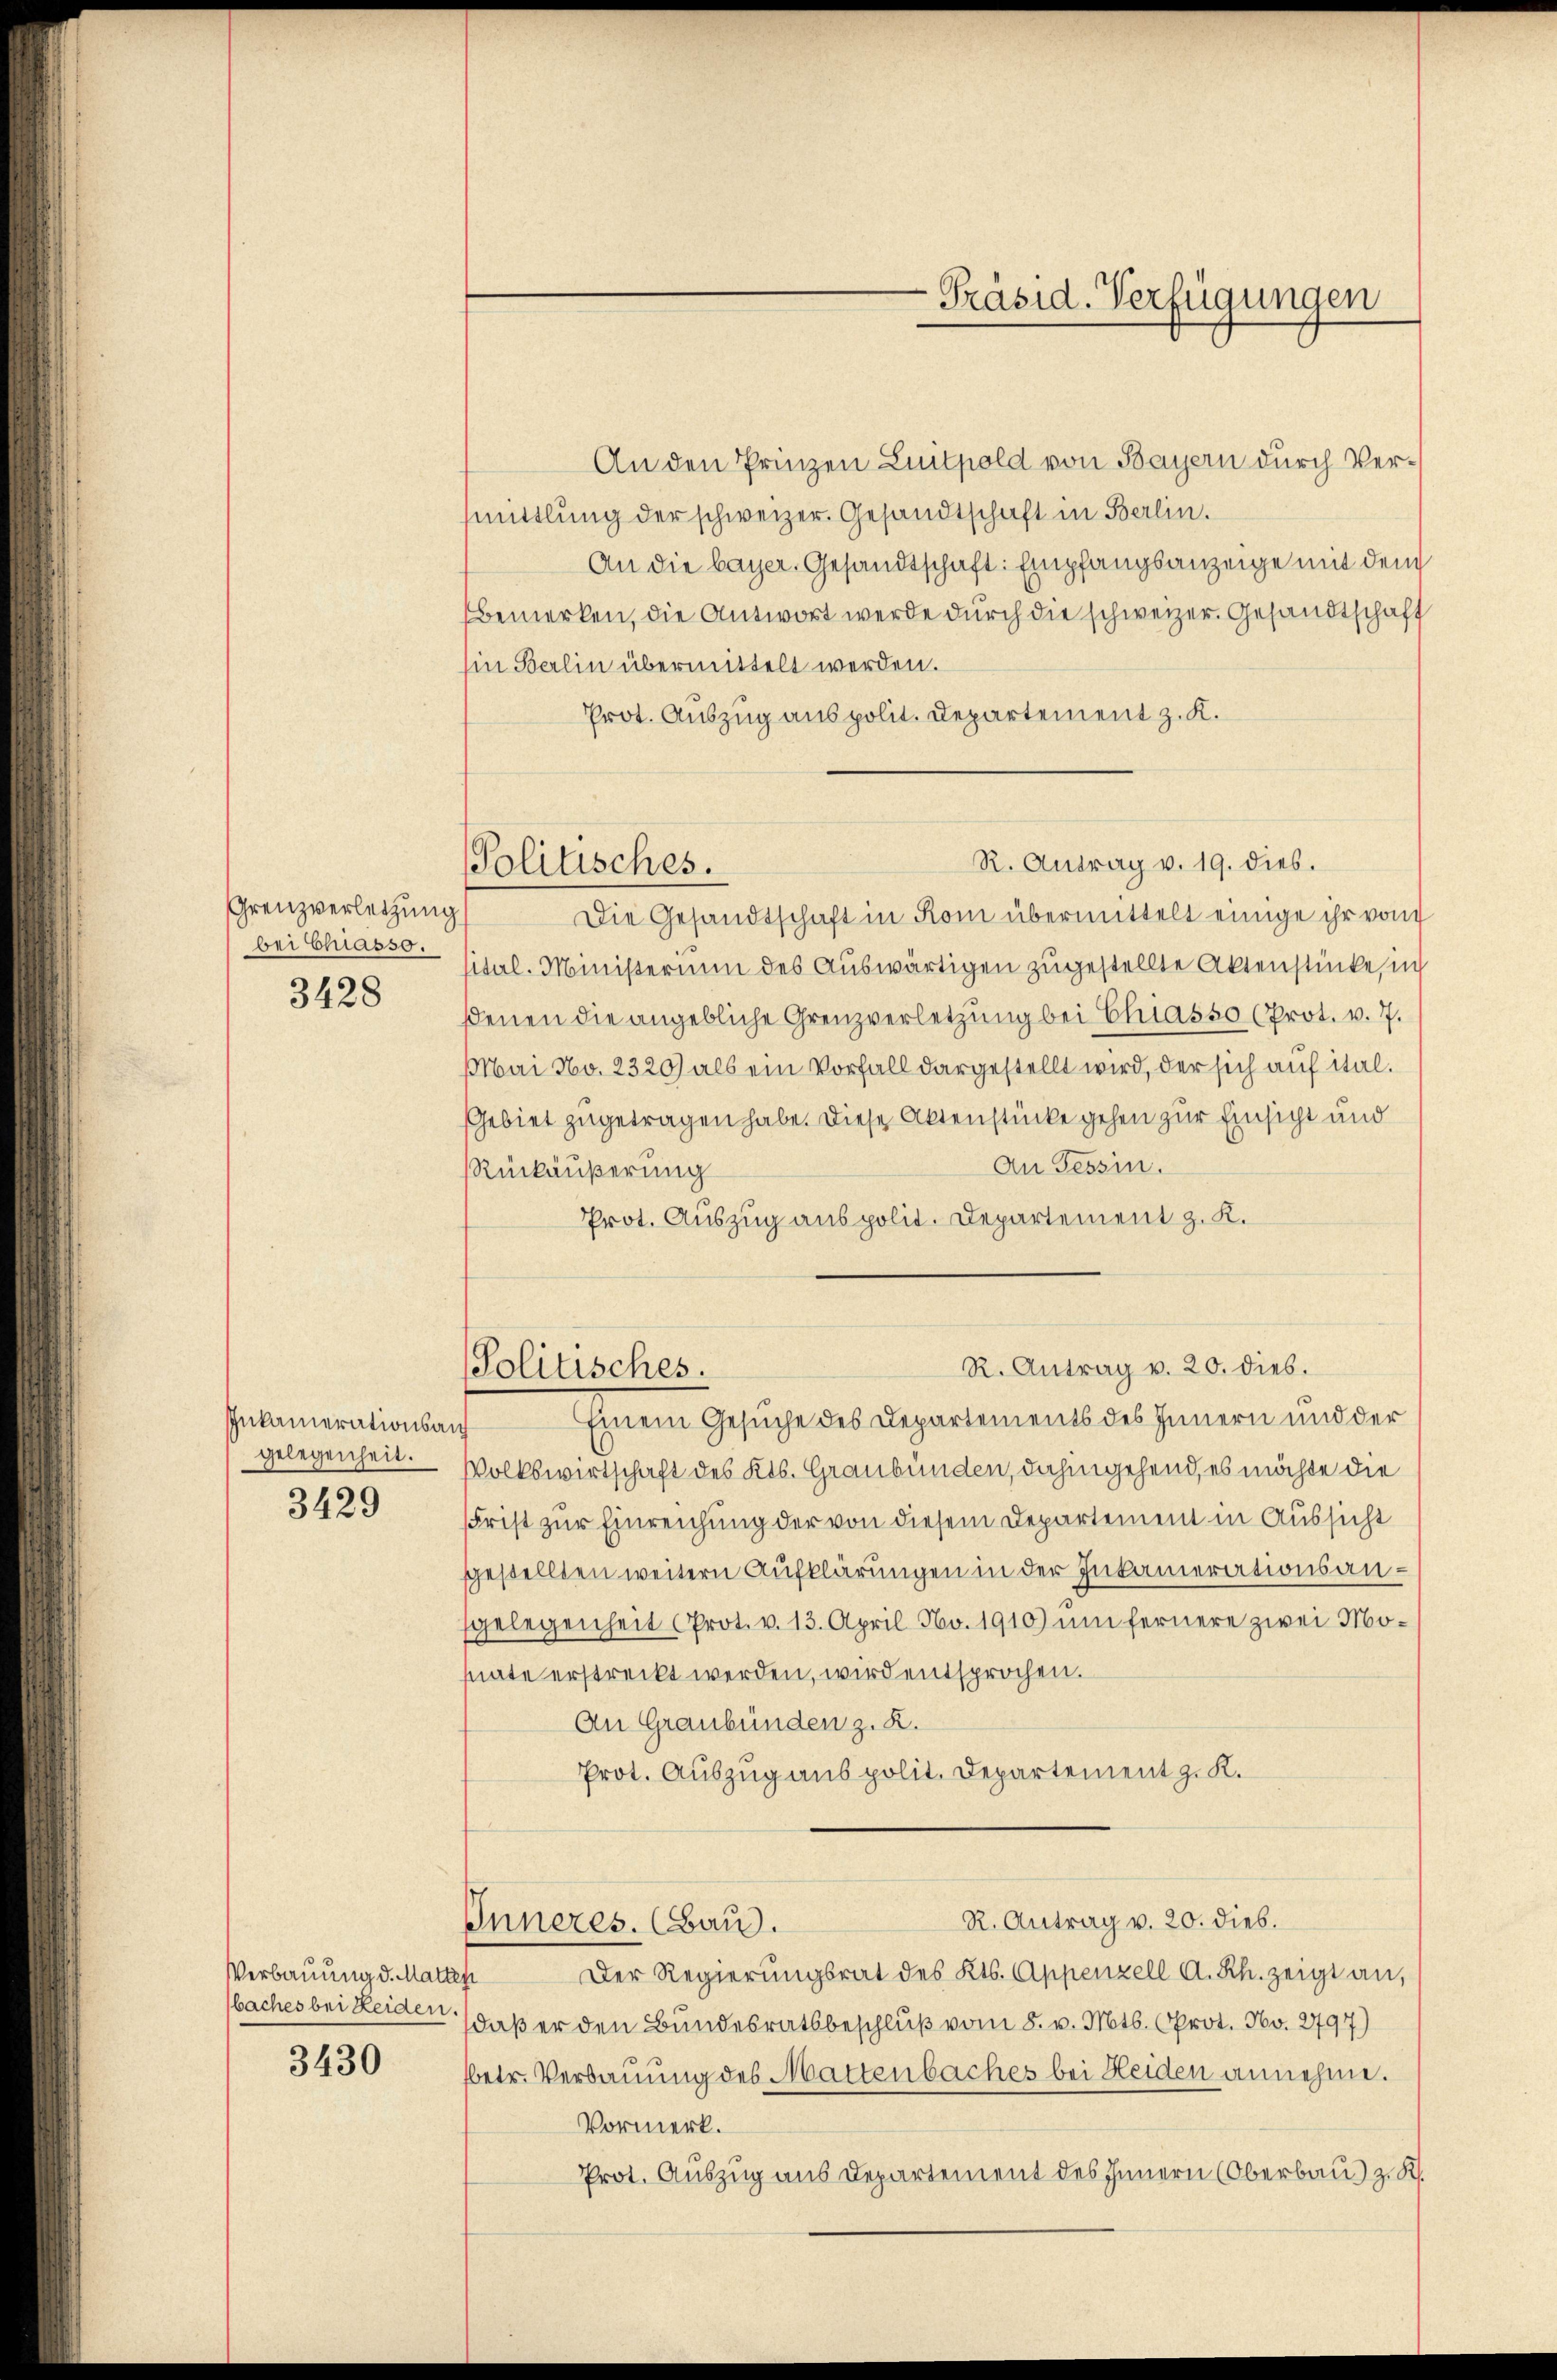
Grenzverletzung
bei Chiasso.
3428

Inkamerationsan
gelegenheit.
3429

Verbauung d. Matten
baches bei Leiden.

3430

Politisches.

An den Prinzen Luitpold von Bayern durch Vermittlung der schweizer. Gesandtschaft in Berlin.
An die bayer, Gesandtschaft: Empfangsanzeige mit dem
bemerken, die Antwort werde durch die schweizer. Gesandtschaft
Ein Berlin übermittelt werden.
Prot. Auszug aus polit. Departement z. K.

-Präsid. Verfügungen

R. Antrag v. 19. dies.
Die Gesandtschaft in Rom übermittelt einige ihr von
sital. Ministerium des Auswärtigen zugestellte Aktenstücke, in
ßenen die angebliche Grenzverletzung bei Chiasso (Prot. v. 7.
Mai No. 2320) als ein Vorfall dargestellt wird, der sich auf ital.
Gebiet zugetragen habe. Diese Aktenstücke gehen zur Einsicht und
An Tessin.
Rückäußerung
Prot. Auszug aus polit. Departement z. K.

R. Antrag v. 20. dies.
Politisches.
Einem Gesuche des Departements des Innern und der

Volkswirtschaft des Kts. Graubünden, dahingehend, es möchte die
Frist zur Einreichung der von diesem Departement in Aussicht
gestellten weitern Aufklärungen in der Inkamerationsangelegenheit Prot. v. 13. April No. 1910) um fernere zwei Mosnate erstreckt werden, wird entsprochen.
An Graubünden z. R.
Prot. Auszug aus polit. Departement z. K.

Inneres. (Bau.

Der Regierungsrat des Kts. Appenzell A. Rh. zeigt an,
daß er den Bundesratsbeschluß vom 8. v. Mts. Oprot. No. 2797)
fbetr. Verbauung des Mattenbaches bei Heiden annehme.
Vormerk.
Prot. Auszug aus Departement des Innern (Oberbau) z. R.

R. Antrag v. 20. dieb.